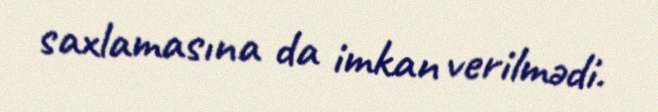
saxlamasına da imkan verilmədi.